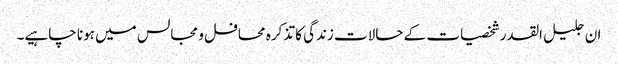
ان جلیل القدر شخصیات کے حالات زندگی کا تذکرہ محافل و مجالس میں ہونا چاہیے۔